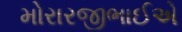
મોરારજીભાઈએ